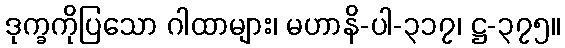
ဒုက္ခကိုပြသော ဂါထာများ၊ မဟာနိ-ပါ-၃၁၇၊ ဋ္ဌ-၃၇၅။